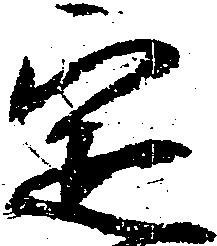
定